Civil Veterinary Department. Madras. Admin. report 1926-33 - 1926-1933
Year: 1926
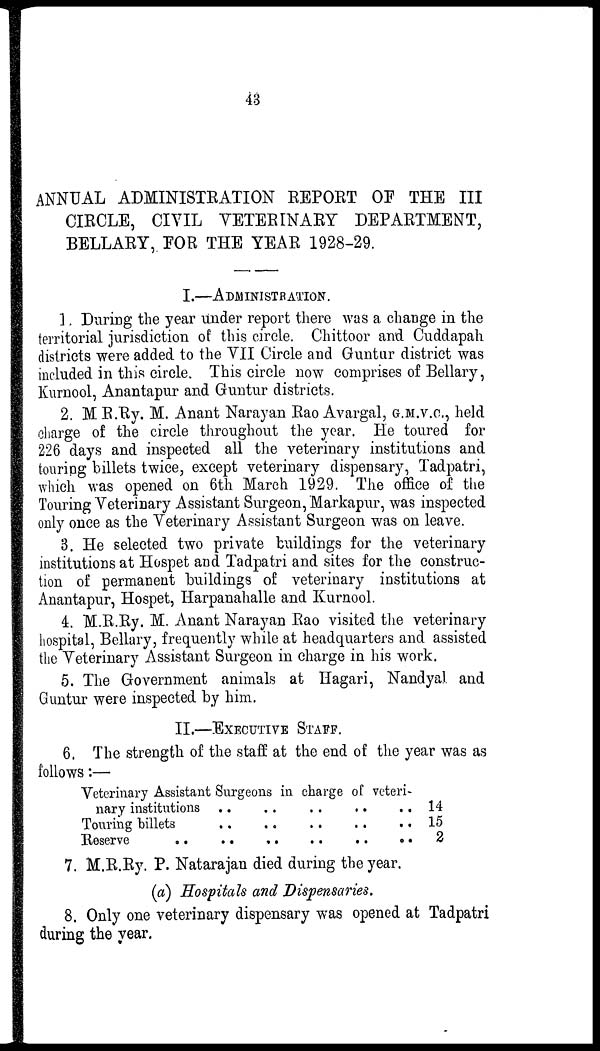
43
ANNUAL ADMINISTRATION REPORT OF THE III
CIRCLE, CIVIL VETERINARY DEPARTMENT,
BELLARY, FOR THE YEAR 1928-29.
I.—ADMINISTRATION.
1. During the year under report there was a change in the
territorial jurisdiction of this circle. Chittoor and Cuddapah
districts were added to the VII Circle and Guntur district was
included in this circle. This circle now comprises of Bellary,
Kurnool, Anantapur and Guntur districts.
2. M R.Ry. M. Anant Narayan Rao Avargal, G.M.V.C., held
el large of the circle throughout the year. He toured for
226 days and inspected all the veterinary institutions and
touring billets twice, except veterinary dispensary, Tadpatri,
which was opened on 6th March 1929. The office of the
Touring Veterinary Assistant Surgeon, Markapur, was inspected
only once as the Veterinary Assistant Surgeon was on leave.
3. He selected two private buildings for the veterinary
institutions at Hospet and Tadpatri and sites for the construc-
tion of permanent buildings of veterinary institutions at
Anantapur, Hospet, Harpanahalle and Kurnool.
4. M.R.Ry. M. Anant Narayan Rao visited the veterinary
hospital, Bellary, frequently while at headquarters and assisted
the Veterinary Assistant Surgeon in charge in his work.
5. The Government animals at Hagari, Nandyal and
Guntur were inspected by him.
II.—EXECUTIVE STAFF.
6. The strength of the staff at the end of the year was as
follows:—
Veterinary Assistant Surgeons in charge of veteri-
nary institutions
Touring billets
Reserve ..
..
..
..
..
..
..
..
..
..
..
..
..
..
..
..
14
15
2
7. M.R.Ry. P. Natarajan died during the year.
(a) Hospitals and Dispensaries.
8. Only one veterinary dispensary was opened at Tadpatri
during the year.